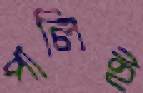
পালিই